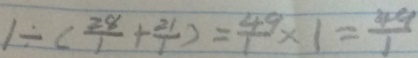
1 \div ( \frac { 2 8 } { 1 } + \frac { 2 1 } { 1 } ) = \frac { 4 9 } { 1 } \times 1 = \frac { 4 9 } { 1 }